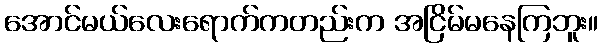
အောင်မယ်လေးရောက်ကတည်းက အငြိမ်မနေကြဘူး။